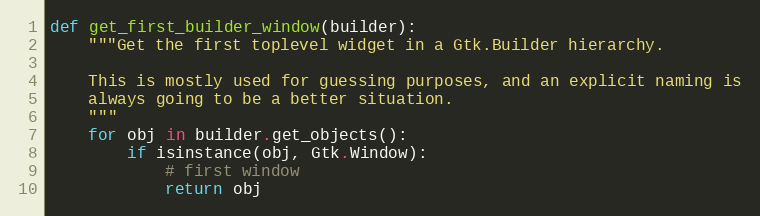
Language: Python
def get_first_builder_window(builder):
    """Get the first toplevel widget in a Gtk.Builder hierarchy.

    This is mostly used for guessing purposes, and an explicit naming is
    always going to be a better situation.
    """
    for obj in builder.get_objects():
        if isinstance(obj, Gtk.Window):
            # first window
            return obj